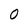
Character: 0